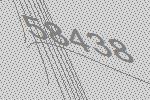
58438